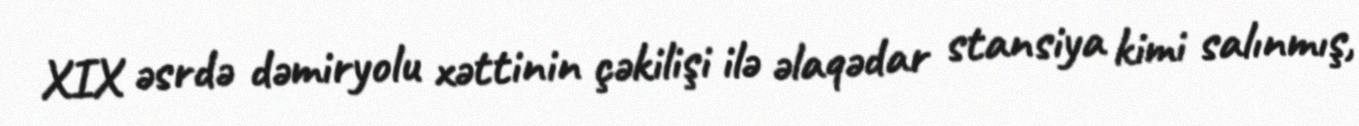
XIX əsrdə dəmiryolu xəttinin çəkilişi ilə əlaqədar stansiya kimi salınmış,